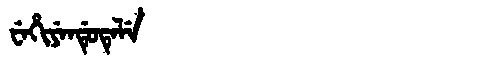
Manchu: ᠸᡝᡥᡳᠶᡝᠨᡩᡠᡨᡝᠯᡝ
Romanization: WEHIYENDUTELE